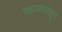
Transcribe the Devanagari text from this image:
महाजपदांहून